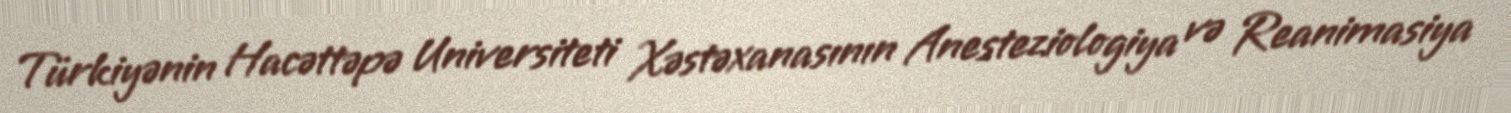
Türkiyənin Hacəttəpə Universiteti Xəstəxanasının Anesteziologiya və Reanimasiya